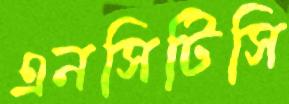
এনসিটিসি